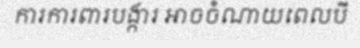
ការការពារបង្ការ អាចចំណាយពេលបី